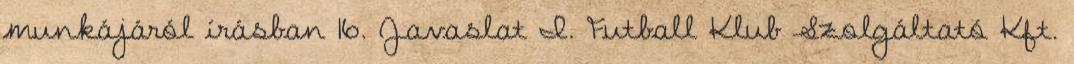
munkájáról írásban 16. Javaslat I. Futball Klub Szolgáltató Kft.